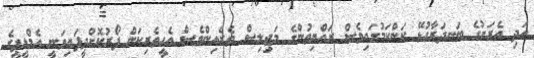
އަދި އެރަށުގެ ބަނދަރާގުޅޭ ކަންކަމުގައިވެސް ރައްޔިތުންގެ މަޖިލިސް ތެރެއިންވެސް އެހީތެރިކަން ފޯރުކޮށްދީފައިވަނީ އެމްޑީޕީގެ